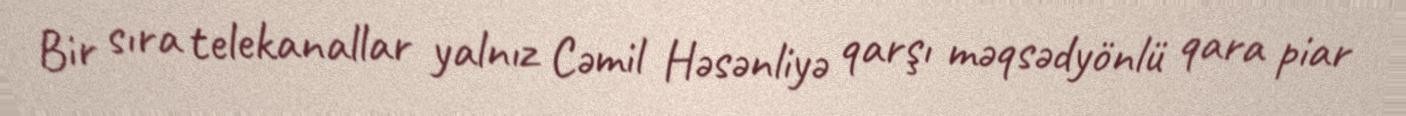
Bir sıra telekanallar yalnız Cəmil Həsənliyə qarşı məqsədyönlü qara piar